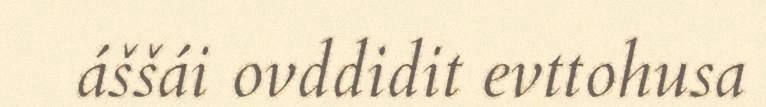
áššái ovddidit evttohusa